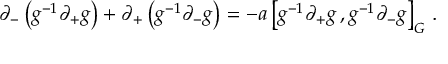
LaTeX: \partial _ { - } \left( g ^ { - 1 } \partial _ { + } g \right) + \partial _ { + } \left( g ^ { - 1 } \partial _ { - } g \right) = - a \left[ g ^ { - 1 } \partial _ { + } g \, , g ^ { - 1 } \partial _ { - } g \right] _ { G } \, .